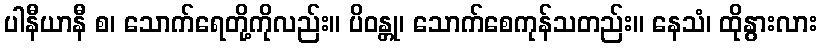
ပါနီယာနီ စ၊ သောက်ရေတို့ကိုလည်း။ ပိဝန္တု၊ သောက်စေကုန်သတည်း။ နေသံ၊ ထိုနွားလား